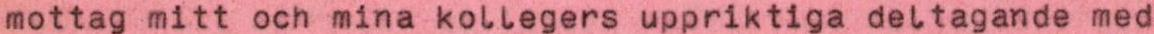
mottag mitt och mina kollegers uppriktiga deltagande med